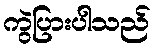
ကွဲပြားပါသည်